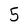
Character: 5